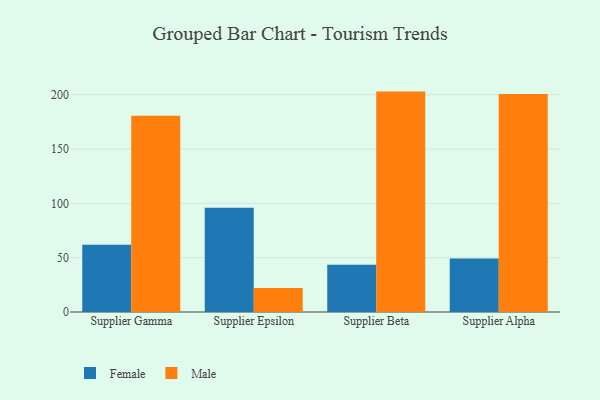
{"axis": {"x": "Supplier", "y": "Budget (USD K)"}, "legend": ["Female", "Male"], "data": [{"x": "Supplier Gamma", "y": 62.0, "type": "Female"}, {"x": "Supplier Gamma", "y": 180.7, "type": "Male"}, {"x": "Supplier Epsilon", "y": 96.0, "type": "Female"}, {"x": "Supplier Epsilon", "y": 22.1, "type": "Male"}, {"x": "Supplier Beta", "y": 43.5, "type": "Female"}, {"x": "Supplier Beta", "y": 202.9, "type": "Male"}, {"x": "Supplier Alpha", "y": 49.2, "type": "Female"}, {"x": "Supplier Alpha", "y": 200.7, "type": "Male"}]}